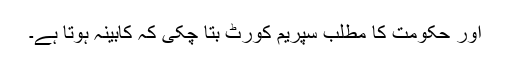
اور حکومت کا مطلب سپریم کورٹ بتا چکی کہ کابینہ ہوتا ہے۔